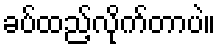
ခပ်ထည့်လိုက်တာပဲ။